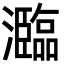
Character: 瀶